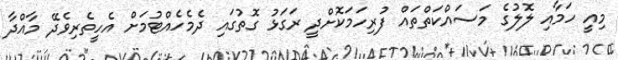
މިއީ ހަމާއި ލޮލުގެ މަސައްކަތްތައް ފުރިހަމަކޮށްދީ ރަގަޅު ގޮތުގައި ދެމެހެއްޓުމަށް އެހީތެރިވެދޭ މާއްދާ